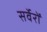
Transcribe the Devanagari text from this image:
सर्वेरों